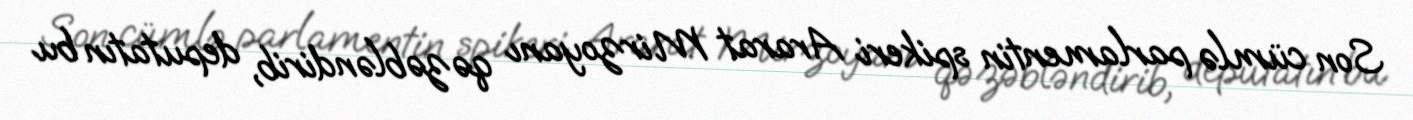
Son cümlə parlamentin spikeri Ararat Mirzoyanı qəzəbləndirib, deputatın bu